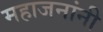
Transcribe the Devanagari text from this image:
महाजनांनी